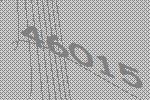
46015